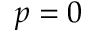
p = 0